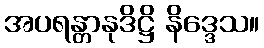
အပရန္တာနုဒိဋ္ဌိ နိဒ္ဒေသ။